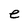
Character: e